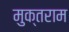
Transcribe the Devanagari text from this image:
मुक्तराम